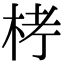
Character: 𣑥